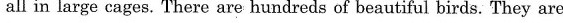
all in large cages. There are hundreds of beautiful birds.